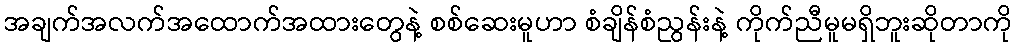
အချက်အလက်အထောက်အထားတွေနဲ့ စစ်ဆေးမူဟာ စံချိန်စံညွန်းနဲ့ ကိုက်ညီမူမရှိဘူးဆိုတာကို